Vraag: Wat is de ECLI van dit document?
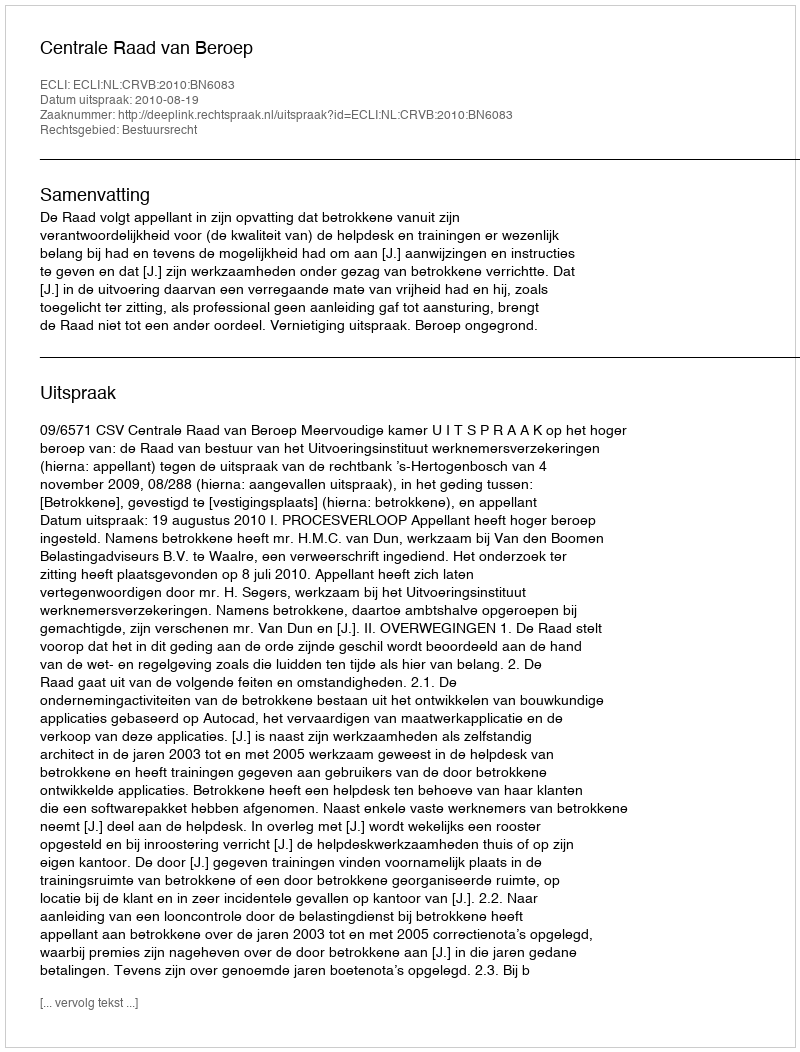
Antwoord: ECLI:NL:CRVB:2010:BN6083